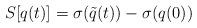
LaTeX: \begin{align*}S[q(t)]=\sigma (\tilde{q}(t))-\sigma (q(0)) \end{align*}